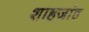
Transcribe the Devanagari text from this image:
शाहजांह